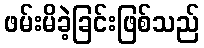
ဖမ်းမိခဲ့ခြင်းဖြစ်သည်